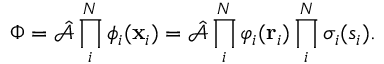
\Phi = \hat { \mathcal { A } } \prod _ { i } ^ { N } \phi _ { i } ( \mathbf { x } _ { i } ) = \hat { \mathcal { A } } \prod _ { i } ^ { N } \varphi _ { i } ( \mathbf { r } _ { i } ) \prod _ { i } ^ { N } \sigma _ { i } ( s _ { i } ) .